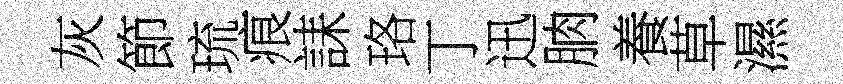
灰節琉痕誄珞丁迅朒養草濕